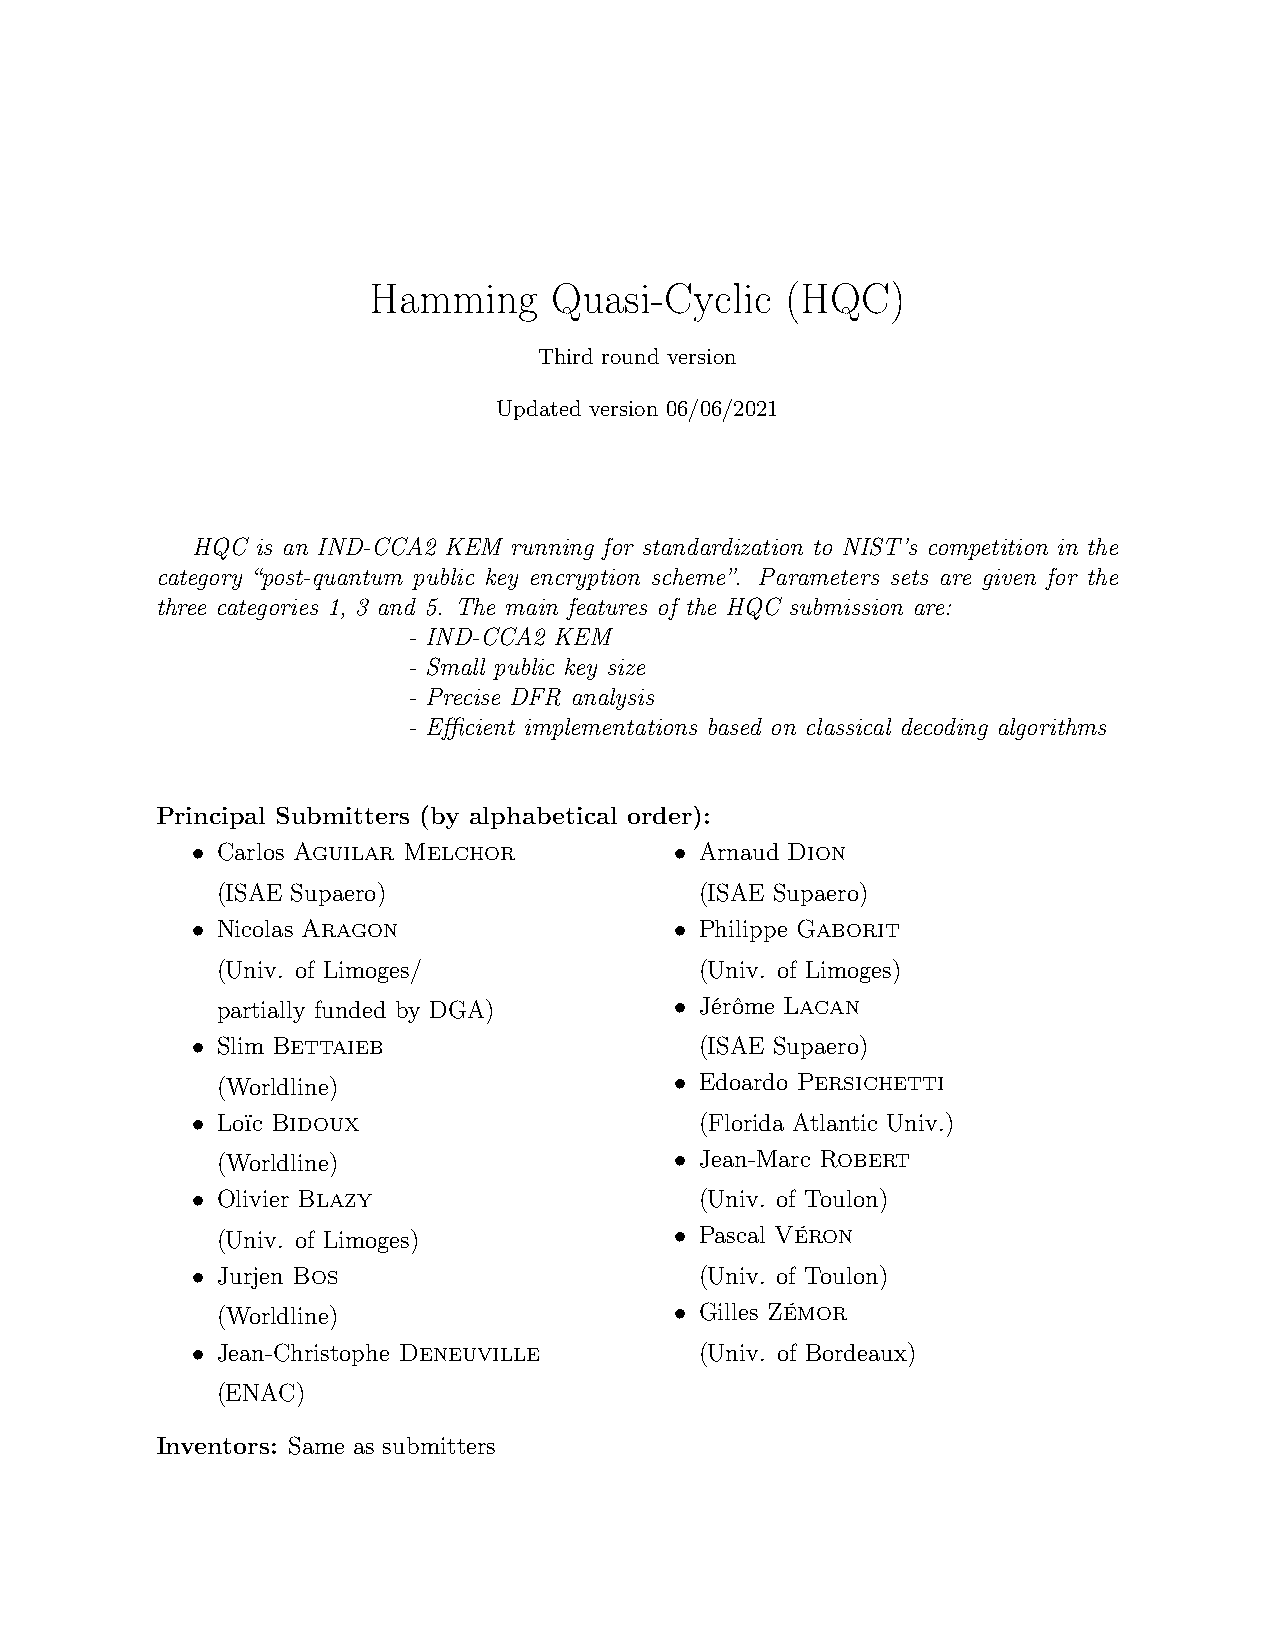
Hamming      Quasi-Cyclic   (HQC)
 Third round version
 Updated version 06/06/2021
 HQC is an IND-CCA2 KEM running for standardization to NIST’s competition in the
 category “post-quantum public key encryption scheme”. Parameters sets are given for the
 three categories 1, 3 and 5. The main features of the HQC submission are:
 - IND-CCA2 KEM
 - Small public key size
 - Precise DFR analysis
 - Efficient implementations based on classical decoding algorithms
 Principal Submitters (by alphabetical order):
 • Carlos Aguilar Melchor        • Arnaud Dion
 (ISAE Supaero)                  (ISAE Supaero)
 • Nicolas Aragon                • Philippe Gaborit
 (Univ. of Limoges/              (Univ. of Limoges)
 partially funded by DGA)       • Jérôme Lacan
 • Slim Bettaieb                  (ISAE Supaero)
 (Worldline)                    • Edoardo Persichetti
 • Loïc Bidoux                    (Florida Atlantic Univ.)
 (Worldline)                    • Jean-Marc Robert
 • Olivier Blazy                  (Univ. of Toulon)
 (Univ. of Limoges)             • Pascal Véron
 • Jurjen Bos                     (Univ. of Toulon)
 (Worldline)                    • Gilles Zémor
 • Jean-Christophe Deneuville     (Univ. of Bordeaux)
 (ENAC)
 Inventors: Same as submitters